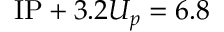
\mathrm { I P } + 3 . 2 U _ { p } = 6 . 8